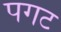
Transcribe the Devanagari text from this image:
पगट